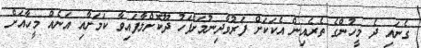
ގެނައި ދެ މީހުންގެ ތެރެއިން އެކަކަށް ފަރުވާދިނުމަށްފަހު ދޫކޮށްލާފައިވާ ކަމަށާއި އަނެއް މީހާއަށް